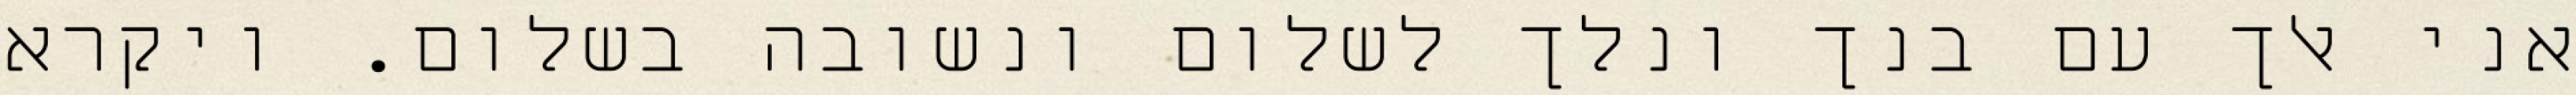
אני אלך עם בנך ונלך לשלום ונשובה בשלום. ויקרא